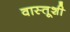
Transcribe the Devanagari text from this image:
वास्तूशी